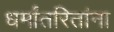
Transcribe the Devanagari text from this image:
धर्मांतरितांना